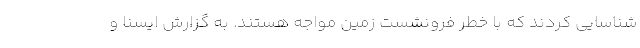
شناسایی کردند که با خطر فرونشست زمین مواجه هستند. به گزارش ایسنا و